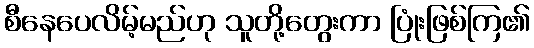
စီနေပေလိမ့်မည်ဟု သူတို့တွေးကာ ပြုံးဖြစ်ကြ၏